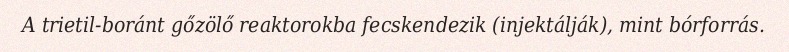
A trietil-boránt gőzölő reaktorokba fecskendezik (injektálják), mint bórforrás.